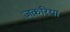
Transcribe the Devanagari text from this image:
जक़रिया